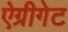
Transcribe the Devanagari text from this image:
ऐग्रीगेट